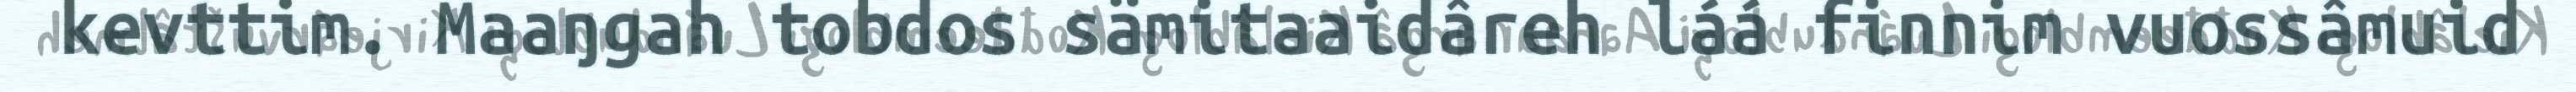
kevttim. Maaŋgah tobdos sämitaaidâreh láá finnim vuossâmuid